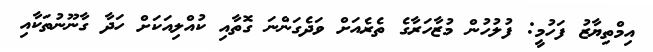
އިމްތިޔާޒު ފަހުމީ: ފުލުހުން މުޒާހަރާގެ ތެރެއަށް ވަދެގަންނަ ގޮތާއި ކުއްލިއަކަށް ހަދާ ގާނޫނުތަކާއި